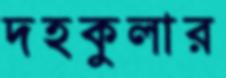
দহকুলার